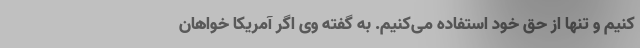
کنیم و تنها از حق خود استفاده می‌کنیم. به گفته وی اگر آمریکا خواهان